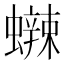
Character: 𰳡